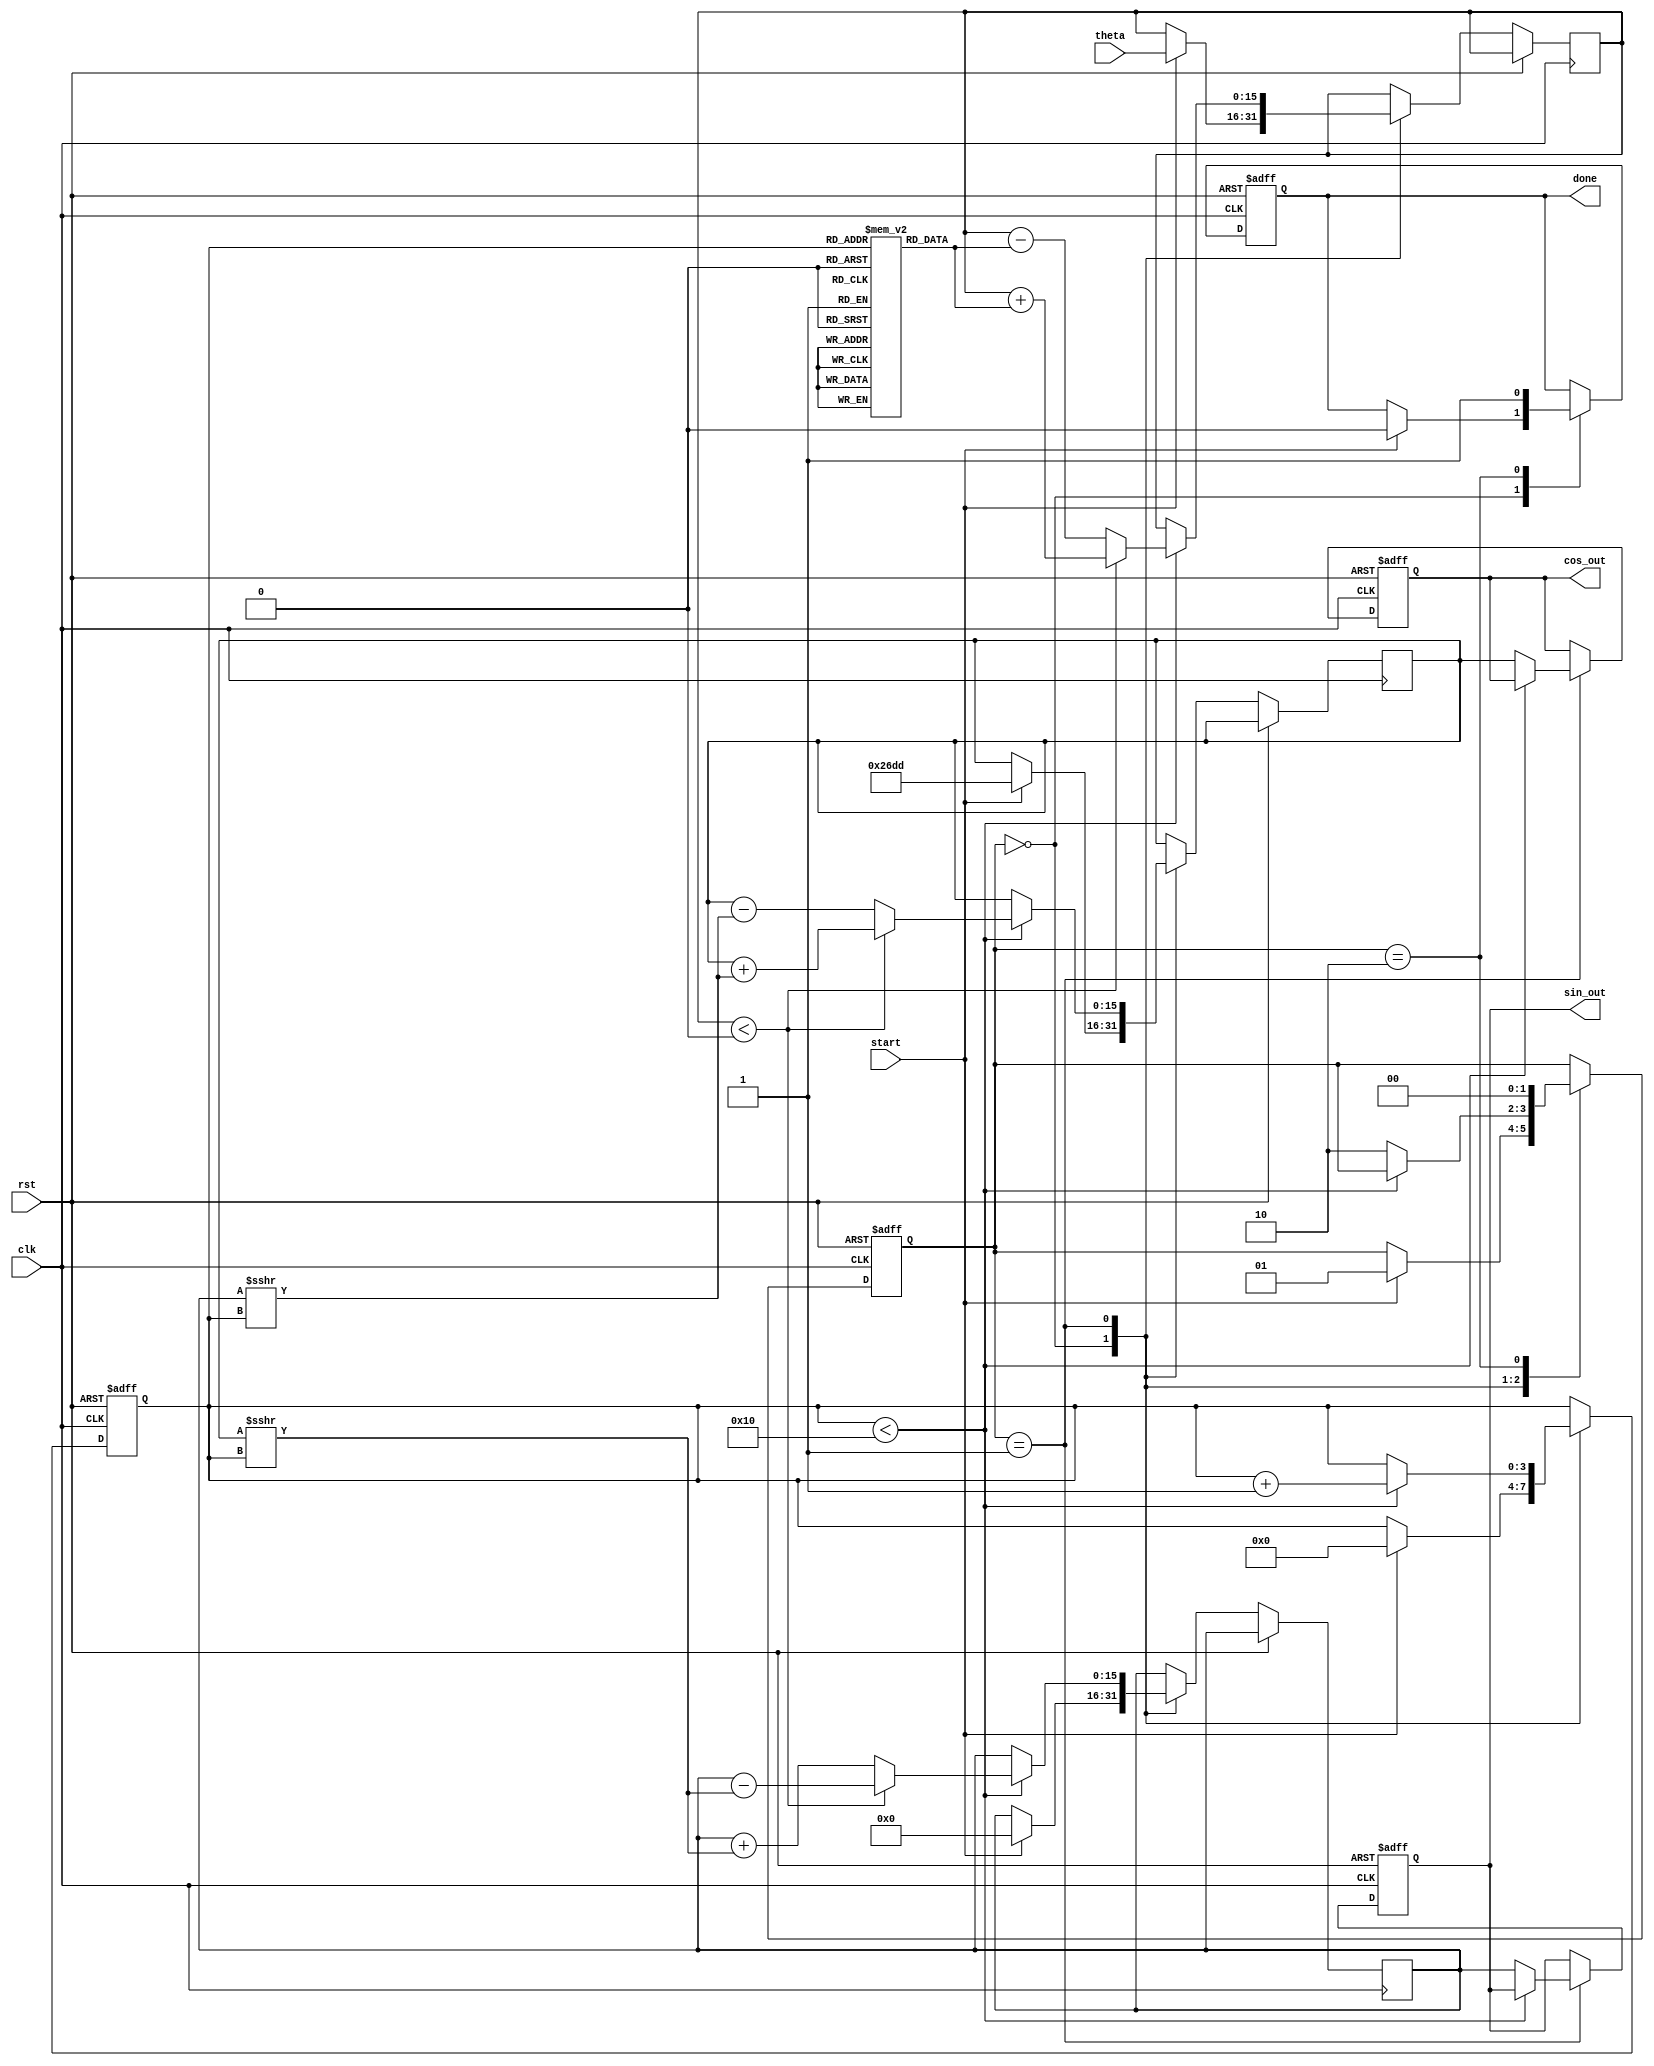
module cordic (
    input wire clk,
    input wire rst,
    input wire start,
    input wire [15:0] theta, // Fixed-point angle input
    output reg [15:0] sin_out, // Sine output
    output reg [15:0] cos_out, // Cosine output
    output reg done // Indicate completion
);

parameter NUM_ITERATIONS = 16; // Number of iterations for CORDIC
parameter CORDIC_GAIN = 16'h26DD; // Precomputed gain for CORDIC

// Control states for FSM
parameter IDLE = 2'b00,
          COMPUTE = 2'b01,
          DONE = 2'b10;

// LUT for arctangent values
reg [15:0] atan_lut [0:NUM_ITERATIONS-1];
initial begin
    // Precomputed arctangent values in fixed-point format
    atan_lut[0] = 16'h2000; // atan(2^-0)
    atan_lut[1] = 16'h1333; // atan(2^-1)
    atan_lut[2] = 16'h0A3D; // atan(2^-2)
    // ... (initialize remaining LUT values)
    atan_lut[3] = 16'h0524; // atan(2^-3)
    atan_lut[4] = 16'h028F; // atan(2^-4)
    atan_lut[5] = 16'h0142; // atan(2^-5)
    atan_lut[6] = 16'h00A3; // atan(2^-6)
    atan_lut[7] = 16'h0051; // atan(2^-7)
    atan_lut[8] = 16'h0028; // atan(2^-8)
    atan_lut[9] = 16'h0014; // atan(2^-9)
    atan_lut[10] = 16'h000A; // atan(2^-10)
    atan_lut[11] = 16'h0005; // atan(2^-11)
    atan_lut[12] = 16'h0002; // atan(2^-12)
    atan_lut[13] = 16'h0001; // atan(2^-13)
    atan_lut[14] = 16'h0001; // atan(2^-14)
    atan_lut[15] = 16'h0000; // atan(2^-15)
end

reg [15:0] x, y, z; // Registers for x, y, and z values
reg [3:0] iteration; // Current iteration count
reg [1:0] state; // Current state of FSM

// Initial conditions
always @(posedge clk or posedge rst) begin
    if (rst) begin
        sin_out <= 0;
        cos_out <= CORDIC_GAIN; // Initial cos value (K)
        done <= 0;
        state <= IDLE;
        iteration <= 0;
    end else begin
        case (state)
            IDLE: begin
                if (start) begin
                    x <= CORDIC_GAIN; // Initialize x to K
                    y <= 0; // Initialize y to 0
                    z <= theta; // Load theta
                    iteration <= 0;
                    state <= COMPUTE;
                    done <= 0;
                end
            end

            COMPUTE: begin
                if (iteration < NUM_ITERATIONS) begin
                    if (z < 0) begin
                        x <= x + (y >>> iteration); // Rotate
                        y <= y - (x >>> iteration);
                        z <= z + atan_lut[iteration]; // Update z
                    end else begin
                        x <= x - (y >>> iteration); // Rotate
                        y <= y + (x >>> iteration);
                        z <= z - atan_lut[iteration]; // Update z
                    end
                    iteration <= iteration + 1;
                end else begin
                    // Final scaling
                    sin_out <= y;
                    cos_out <= x;
                    state <= DONE;
                end
            end

            DONE: begin
                done <= 1; // Indicate completion
                state <= IDLE; // Reset state
            end
        endcase
    end
end

endmodule